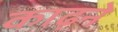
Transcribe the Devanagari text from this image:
काढ़ने